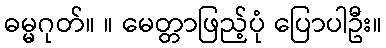
ဓမ္မဂုတ်။ ။ မေတ္တာဖြည့်ပုံ ပြောပါဦး။